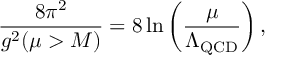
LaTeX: \frac { 8 \pi ^ { 2 } } { g ^ { 2 } ( \mu > M ) } = 8 \ln \left( \frac { \mu } { \Lambda _ { \mathrm { Q C D } } } \right) ,